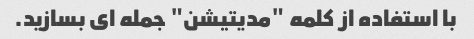
با استفاده از کلمه "مدیتیشن" جمله ای بسازید.